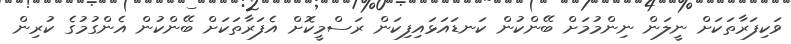
ވަކިފަރާތަކަށް ނީލަން ނިންމުމަށް ބޭންކުން ކަނޑައަޅައިފިކަން ރަސްމީކޮށް އެފަރާތަކަށް ބޭންކުން އެންގުމުގެ ކުރިން